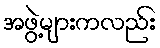
အဖွဲ့များကလည်း